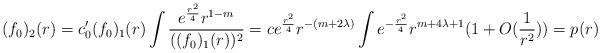
LaTeX: \begin{align*}(f_0)_2(r)=c_0'(f_0)_1(r)\int\frac{e^{\frac{r^2}{4}}r^{1-m}}{((f_0)_1(r))^2}=ce^{\frac{r^2}{4}}r^{-(m+2\lambda)}\int e^{-\frac{r^2}{4}}r^{m+4\lambda+1}(1+O(\frac{1}{r^2}))=p(r)\end{align*}